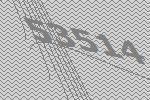
53514